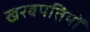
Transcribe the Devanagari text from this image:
खरबपतियों